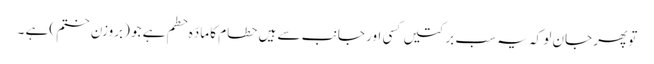
توپھر جان لو کہ یہ سب برکتیں کسی اور جانب سے ہیں حطام کا مادّہ حطم ہے جو (بروزن ختم )ہے ۔